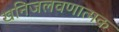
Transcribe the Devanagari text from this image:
खनिजलवणात्मक